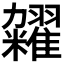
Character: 𫃙